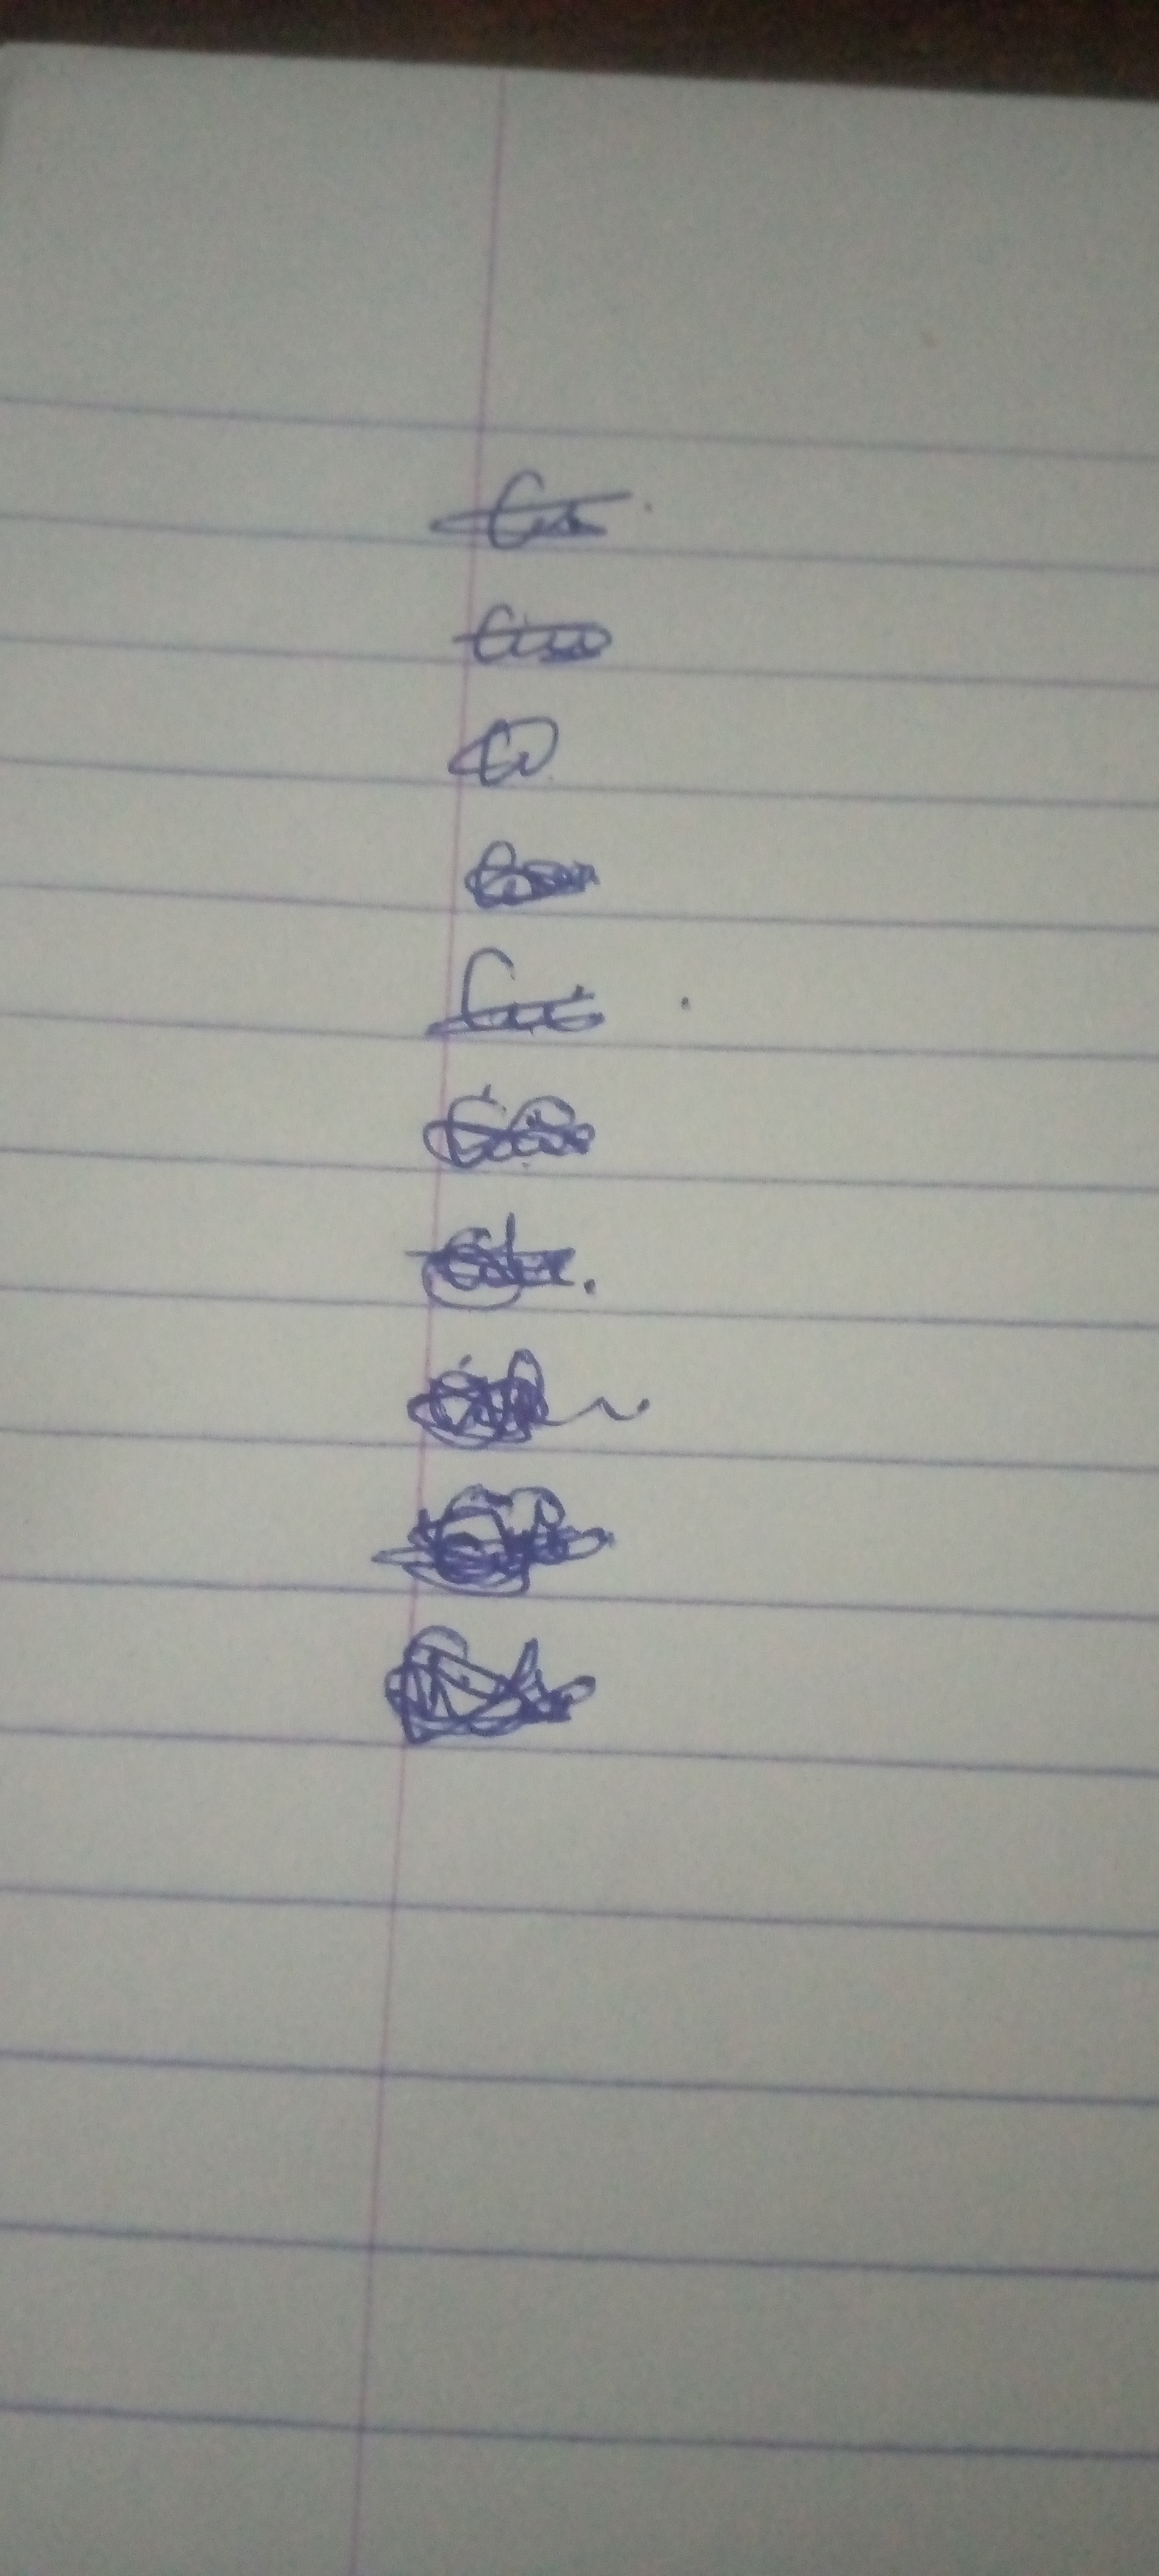
Signature authenticity: genuine